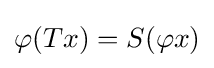
\varphi (Tx)=S(\varphi x)